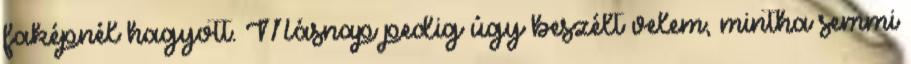
faképnél hagyott. Másnap pedig úgy beszélt velem, mintha semmi